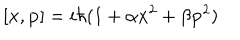
[ { \bf { x } } , { \bf { p } } ] = i \hbar ( 1 + \alpha { \bf { x } } ^ { 2 } + \beta { \bf { p } } ^ { 2 } )